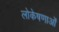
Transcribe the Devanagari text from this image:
लोकेषणाओं